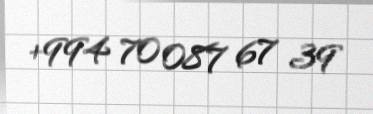
+994 70 087 67 39